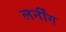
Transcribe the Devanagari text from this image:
लर्नींग